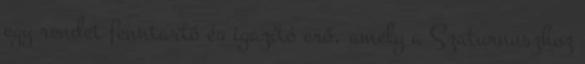
egy rendet fenntartó és igazító erő, amely a Szaturnuszhoz